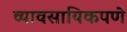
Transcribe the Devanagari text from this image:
व्यावसायिकपणे